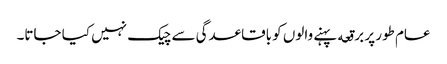
عام طور پر برقعه پہنے والوں کو باقاعدگی سے چیک نہیں کیا جاتا۔